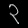
Digit: ၃